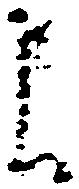
よ